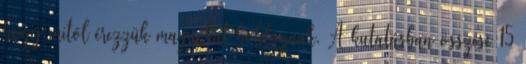
hogy mitõl érezzük magunkat boldognak. A kutatásban összese 15